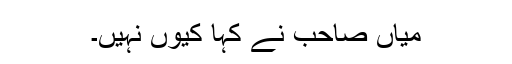
میاں صاحب نے کہا کیوں نہیں۔